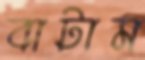
বাটাম